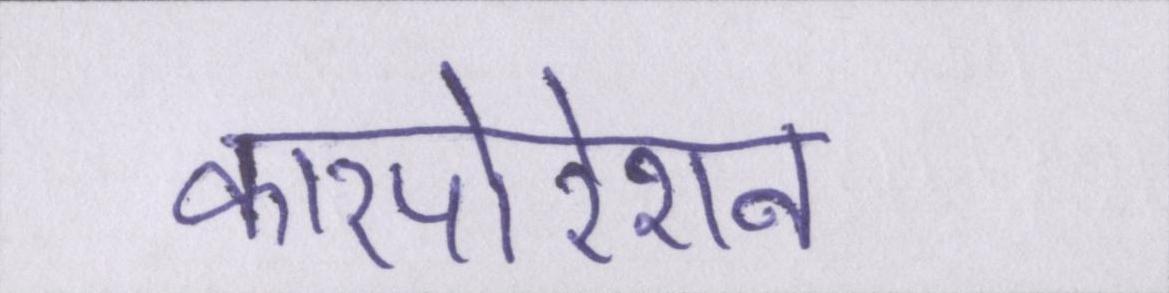
कारपोरेशन